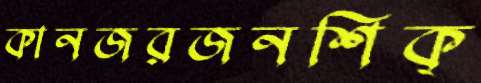
কানজরজনশিক্